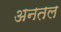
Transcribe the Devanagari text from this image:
अनतल